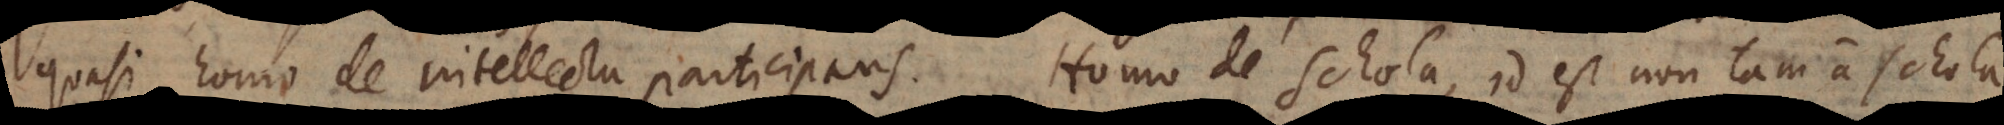
quasi homo de intellectu participans. Homo de Schola, id est non tam a schola